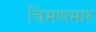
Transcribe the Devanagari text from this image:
चिमणमार